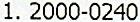
1. 2000-0240